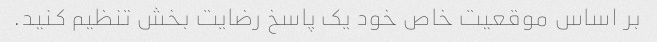
بر اساس موقعیت خاص خود یک پاسخ رضایت بخش تنظیم کنید.